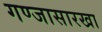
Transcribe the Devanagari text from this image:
गण्जासारखा